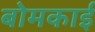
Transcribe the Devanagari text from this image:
बोमकाई